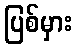
ပြစ်မှား